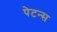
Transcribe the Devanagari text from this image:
पेटन्स